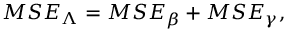
M S E _ { \boldsymbol { \Lambda } } = M S E _ { \beta } + M S E _ { \gamma } ,